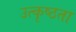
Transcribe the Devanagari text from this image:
उत्कृष्ठता